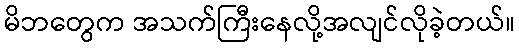
မိဘတွေက အသက်ကြီးနေလို့အလျင်လိုခဲ့တယ်။